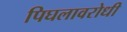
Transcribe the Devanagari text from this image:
पिघलावरोधी